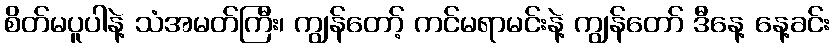
စိတ်မပူပါနဲ့ သံအမတ်ကြီး၊ ကျွန်တော့် ကင်မရာမင်းနဲ့ ကျွန်တော် ဒီနေ့ နေ့ခင်း